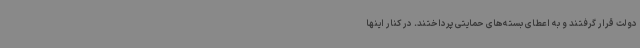
دولت قرار گرفتند و به اعطای بسته‌های حمایتی پرداختند. در کنار اینها